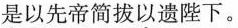
是以先帝简拔以遗陛下。